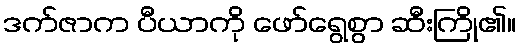
ဒက်ဇာက ပီယာကို ဖော်ရွေစွာ ဆီးကြို၏။